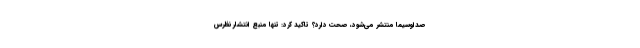
صداوسیما منتشر می‌شود، صحت دارد؟ تاکید کرد: تنها منبع انتشار نظرس